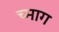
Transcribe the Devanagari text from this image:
च्माग